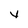
Character: v